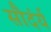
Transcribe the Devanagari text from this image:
सौदंर्य